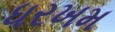
ધરખમ